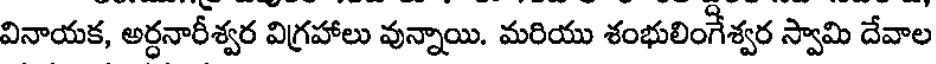
వినాయక, అర్ధనారీశ్వర విగ్రహాలు వున్నాయి. మరియు శంభులింగేశ్వర స్వామి దేవాల